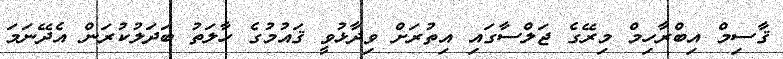
ޤާސިމް އިބްރާހިމް މިރޭގެ ޖަލްސާގައި އިތުރަށް ވިދާޅުވީ ޤައުމުގެ ހާލަތު ބަދަލުކުރަން އެދޭނަމަ